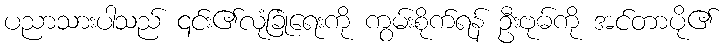
ပညာသားပါသည် ၎င်း၏လုံခြုံရေးကို ကွမ်းစိုက်ရန် ဦးဗုဓ်ကို အင်တာပို၏